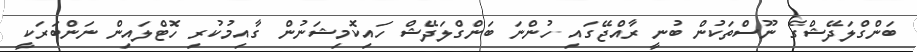
ބަންގްލަދޭޝްގެ ނޫސްތަކުން ބުނީ ރާއްޖޭގައި ހުންނަ ބަންގްލަދޭޝް ހައިކޮމިޝަނުން ގާއިމުކުރި ހޮޓްލައިން ނަންބަރަކީ